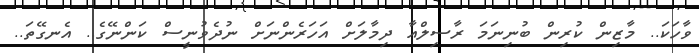
ވާހަކަ.. މާޒިން ކުރިން ބުނިނަމަ ރާސިލްއާ ދިމާލަށް އަހަރެންނަށް ނުދެވުނީސް ކަންނޭގެ.. އެނގޭތަ..